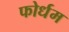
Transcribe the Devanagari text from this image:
फोर्धम